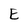
Character: E